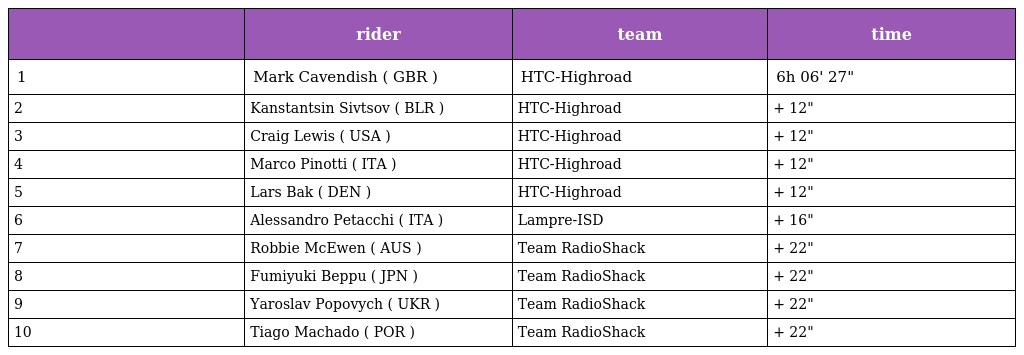
|  | rider | team | time |
 | --- | --- | --- | --- |
 | 1 | Mark Cavendish ( GBR ) | HTC-Highroad | 6h 06' 27" |
 | 2 | Kanstantsin Sivtsov ( BLR ) | HTC-Highroad | + 12" |
 | 3 | Craig Lewis ( USA ) | HTC-Highroad | + 12" |
 | 4 | Marco Pinotti ( ITA ) | HTC-Highroad | + 12" |
 | 5 | Lars Bak ( DEN ) | HTC-Highroad | + 12" |
 | 6 | Alessandro Petacchi ( ITA ) | Lampre-ISD | + 16" |
 | 7 | Robbie McEwen ( AUS ) | Team RadioShack | + 22" |
 | 8 | Fumiyuki Beppu ( JPN ) | Team RadioShack | + 22" |
 | 9 | Yaroslav Popovych ( UKR ) | Team RadioShack | + 22" |
 | 10 | Tiago Machado ( POR ) | Team RadioShack | + 22" |